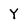
Character: Y